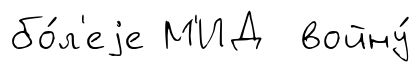
бо́л'еjе М'ИД войну́